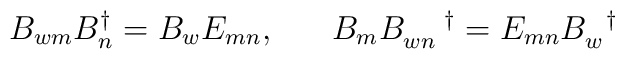
B_{wm}B^{\dagger}_{n} = B_{w}E_{mn}, \;\;\;\;\;\;B_{m}B_{wn}^{\;\;\;\;\;\;\dagger} = E_{mn}B_{w}^{\;\;\;\dagger}